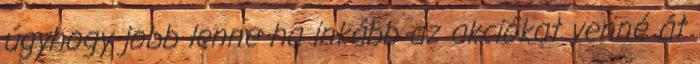
úgyhogy jobb lenne ha inkább az akciókat venné át